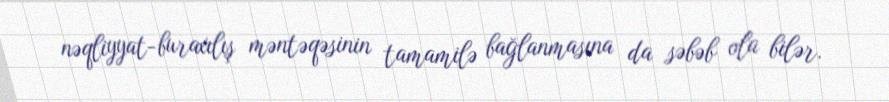
nəqliyyat-buraxılış məntəqəsinin tamamilə bağlanmasına da səbəb ola bilər.